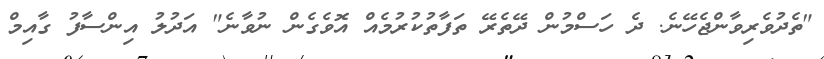
"ތެދުވެރިވާންޖެހޭނެ. ދެ ހަސްމުން ދޭތެރޭ ތަފާތުކުރުމެއް އޮވެގެން ނުވާނެ" އަދުލު އިންސާފު ގާއިމް